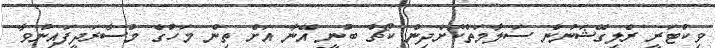
ވިކްޓަރީ ރެލިގޭޝަނުން ސަލާމަތްކޮށްދިން ކޯޗު ބުނީ އޭނާ އަށް ތިން މަހުގެ މުސާރަދީފައިނުވާ